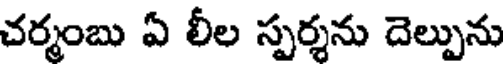
చర్మంబు ఏ లీల స్పర్శను దెల్పును